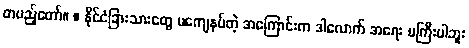
တပည့်တော်။ ။ နိုင်ငံခြားသားတွေ မကျေနပ်တဲ့ အကြောင်းက ဒါလောက် အရေး မကြီးပါဘူး